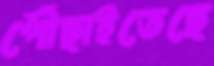
পৌঁছাইতেছে